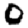
Digit: 0